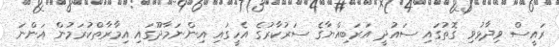
ރައީސް ވިދާޅުވި ގޮތުގައި ސައުދީ އަރަބިއްޔާގެ ސަރުކާރުގެ އެހީގައި އިންނަމާދޫގައި އިމާރާތްކުރަމުން އަންނަ